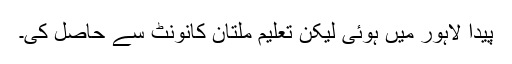
پیدا لاہور میں ہوئی لیکن تعلیم ملتان کانونٹ سے حاصل کی۔